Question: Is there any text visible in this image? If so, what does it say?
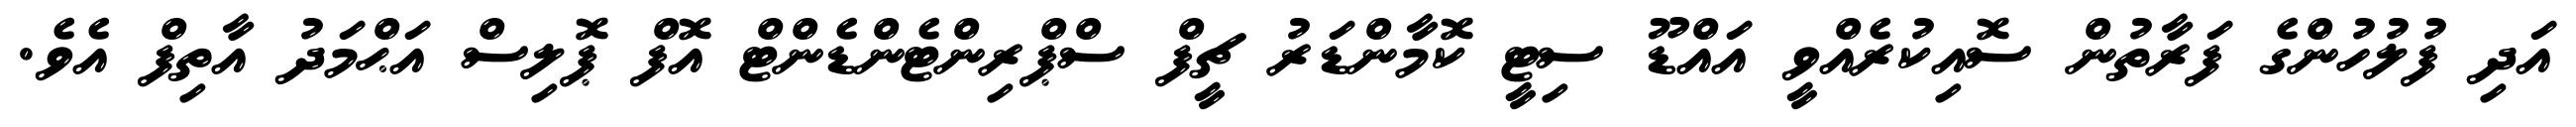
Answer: އަދި ފުލުހުންގެ ފަރާތުން ސޮއިކުރެއްވީ އައްޑޫ ސިޓީ ކޮމާންޑަރު ޗީފް ސްޕްރިންޓެންޑެންޓް އޮފް ޕޮލިސް އަޙްމަދު އާތިފް އެވެ.